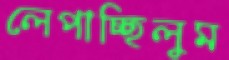
লেপাচ্ছিলুম